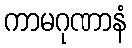
ကာမဂုဏာနံ